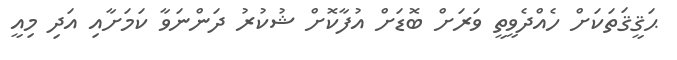
ޙަޤީޤަތަކަށް ހެއްދެވީތީ ވަރަށް ބޮޑަށް އުފާކޮށް ޝުކުރު ދަންނަވާ ކަމަށާއި އަދި މިއީ